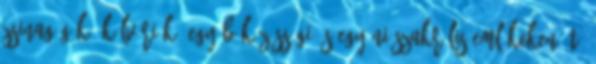
zsinagógák, kálváriák, egyéb közösségi és egyéni szakrális emlékeken át,